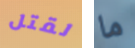
لقتل ما